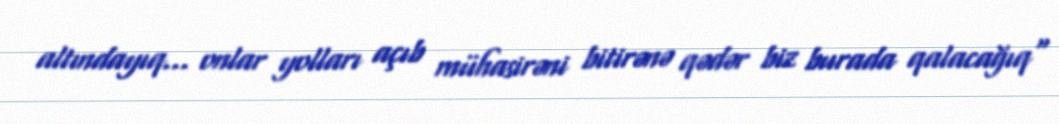
altındayıq... onlar yolları açıb mühasirəni bitirənə qədər biz burada qalacağıq"